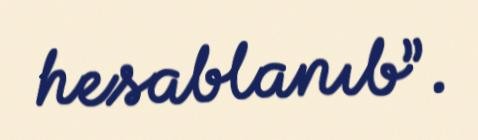
hesablanıb”.